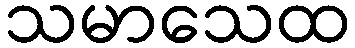
သမာသေထ